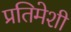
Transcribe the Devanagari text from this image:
प्रतिमेशी